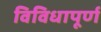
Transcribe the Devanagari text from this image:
विविधापूर्ण